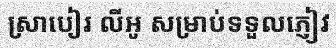
ស្រាបៀរ លីអូ សម្រាប់ទទួលភ្ញៀវ